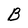
Character: B